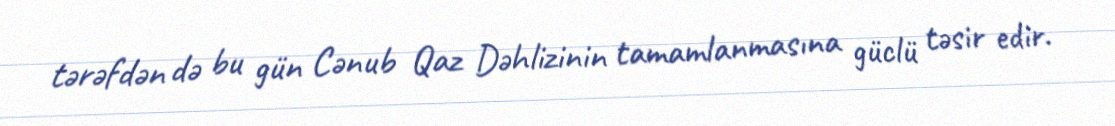
tərəfdən də bu gün Cənub Qaz Dəhlizinin tamamlanmasına güclü təsir edir.